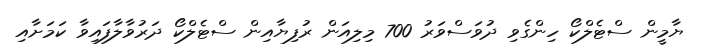
ޔާމީން ސްޓެލްކޯ ހިންގެވި ދުވަސްވަރު 700 މިލިއަން ރުފިޔާއިން ސްޓެލްކޯ ދަރުވާލާފައިވާ ކަމަށާއި